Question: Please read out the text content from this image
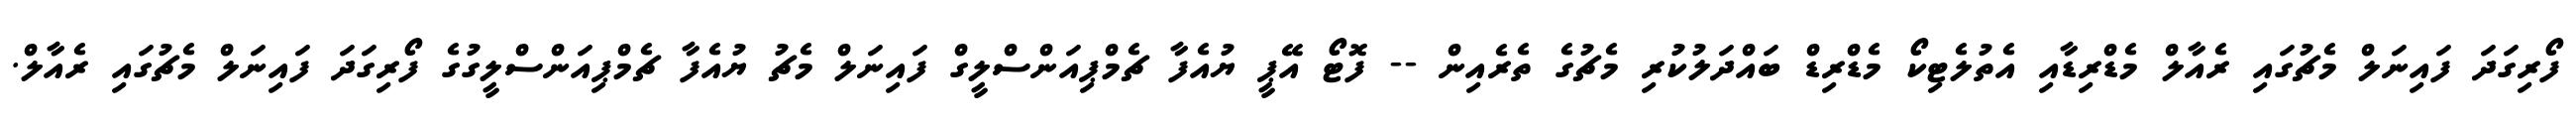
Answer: ފޯރިގަދަ ފައިނަލް މެޗުގައި ރެއާލް މެޑްރިޑާއި އެތުލެޓިކޯ މެޑްރިޑް ބައްދަލުކުރި މެޗުގެ ތެރެއިން -- ފޮޓޯ އޭޕީ ޔުއެފާ ޗެމްޕިއަންސްލީގް ފައިނަލް މެޗު ޔުއެފާ ޗެމްޕިއަންސްލީގުގެ ފޯރިގަދަ ފައިނަލް މެޗުގައި ރެއާލް.